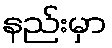
နည်းမှာ